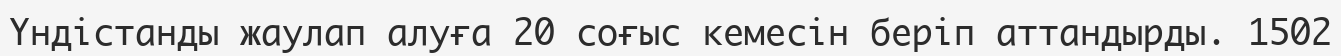
Үндістанды жаулап алуға 20 соғыс кемесін беріп аттандырды. 1502